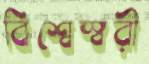
বিশ্বেস্বরী